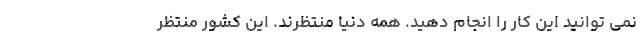
نمی توانید این کار را انجام دهید. همه دنیا منتظرند. این کشور منتظر